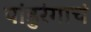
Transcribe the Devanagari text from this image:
पांडुरंगाचं